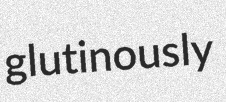
glutinously